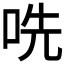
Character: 𫩱